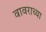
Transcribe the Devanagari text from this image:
वावराच्या